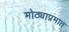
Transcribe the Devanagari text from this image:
मोठ्याप्रमात